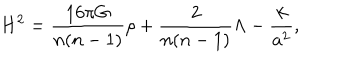
H ^ { 2 } = { \frac { 1 6 \pi G } { n ( n - 1 ) } } \rho + { \frac { 2 } { n ( n - 1 ) } } \Lambda - { \frac { k } { a ^ { 2 } } } ,